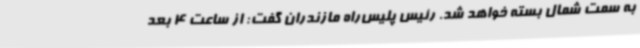
به سمت شمال بسته خواهد شد. رئیس پلیس‌راه مازندران گفت: از ساعت 4 بعد